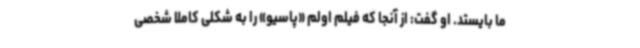
ما بایستد. او گفت: از آنجا که فیلم اولم «پاسیو» را به شکلی کاملا شخصی